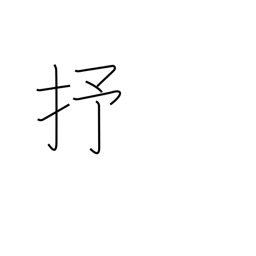
Meaning: 10**24